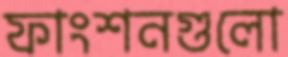
ফাংশনগুলো